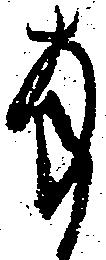
拝